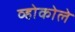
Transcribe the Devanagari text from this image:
व्होकोले